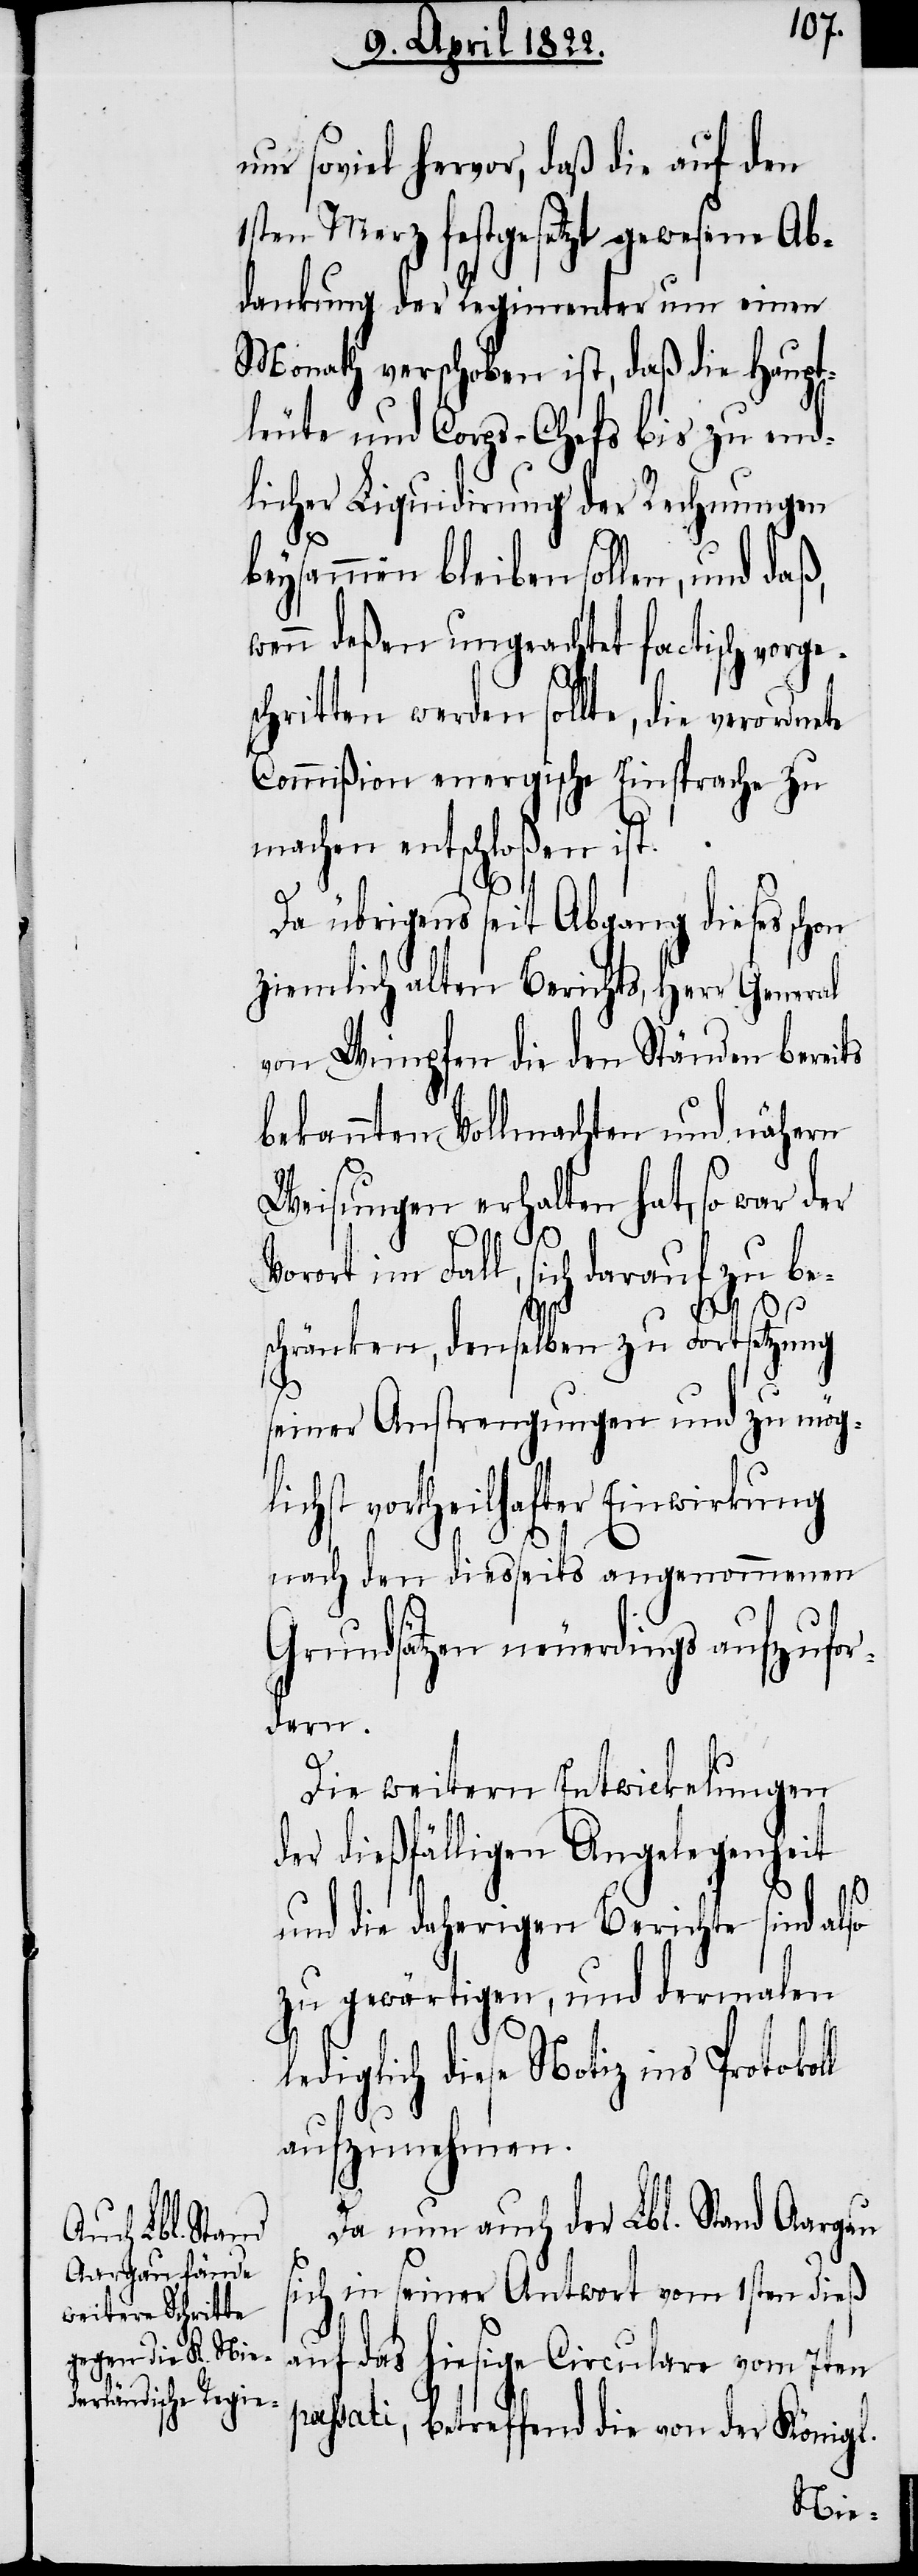
um soviel hervor, daß die auf den
1sten Merz festgesetzt gewesene Ab¬
dankung der Regimenter um einen
Monath verschoben ist, daß die Haupt¬
leute und Corps-Chefs bis zu end¬
licher Liquidirung der Rechnungen
beysammen bleiben sollen, und
wenn deßen ungeachtet factisch vorge¬
schritten werden sollte, die verordne¬
Commißion energische Einsprache zu
machen entschloßen ist.
le¬
Da übrigens seit Abgang dieses schon
ziemlich alten Berichts, Herrn General
von Wimpfen die den Ständen bereits
bekannten Vollmachten und nähern
Weisungen erhalten hat, so war der
te
Vorort im Fall, sich darauf zu be¬
schränken, demselben zu Fortsetzung
seiner Anstrengungen und zu mögl¬
ichst vortheilhafter Einwirkung
nach den diesseits angenommenen
Grundsätzen neuerdings aufzufor¬
dern.
ll
Die weitern Entwicklungen
der dießfälligen Angelegenheit
und die daherigen Berichte sind also
zu gewärtigen, und dermalen
diglich diese Notiz ins Protoko¬
aufzunehmen.
Da nun auch der Lbl. Stand Aargau
sich in seiner Antwort vom 1sten dieß
auf das hiesige Circulare vom 7ten
passati, betreffend die von der Königl.